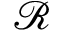
\mathcal { R }